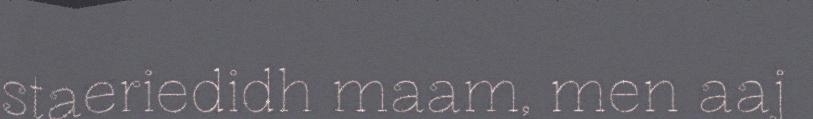
staeriedidh maam, men aaj